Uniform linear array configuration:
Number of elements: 16
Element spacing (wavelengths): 0.5
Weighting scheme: hamming
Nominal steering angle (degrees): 15
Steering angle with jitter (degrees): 16.874
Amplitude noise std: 0.05
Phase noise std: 0.05

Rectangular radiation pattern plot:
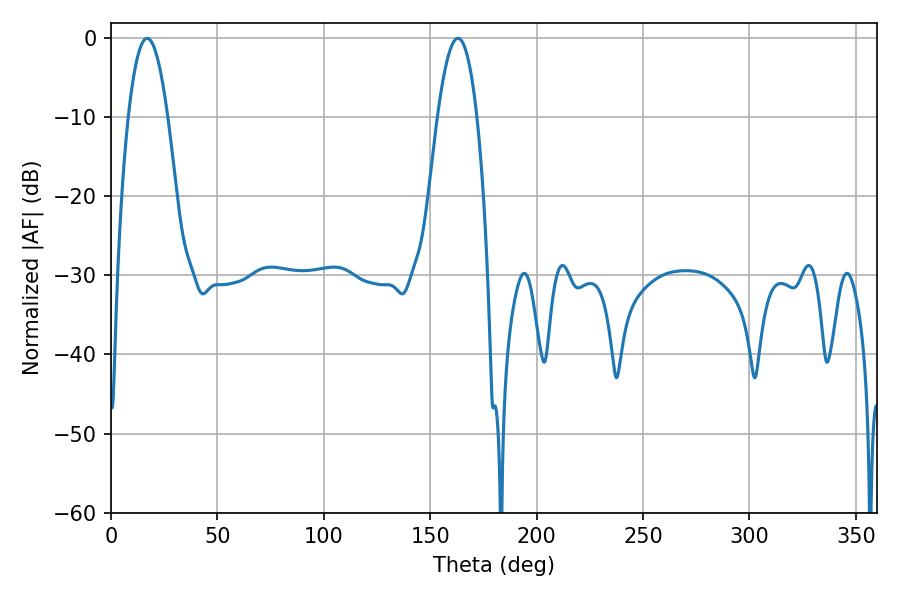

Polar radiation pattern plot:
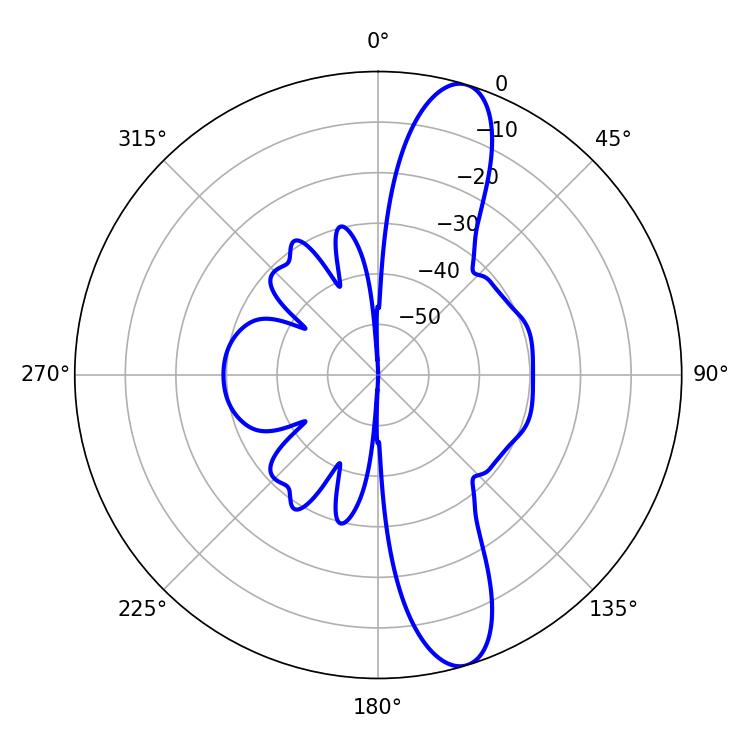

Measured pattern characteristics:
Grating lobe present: FALSE
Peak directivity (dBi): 12.456
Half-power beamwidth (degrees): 10.08
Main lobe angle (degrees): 16.92